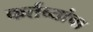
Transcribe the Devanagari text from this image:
कर्तव्यांचा